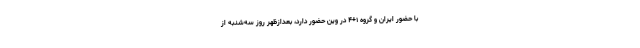
با حضور ایران و گروه ۱+۴ در وین حضور دارد، بعدازظهر روز سه‌شنبه از